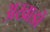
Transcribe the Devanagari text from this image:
अखाडों